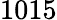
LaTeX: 1015